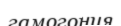
гамогония